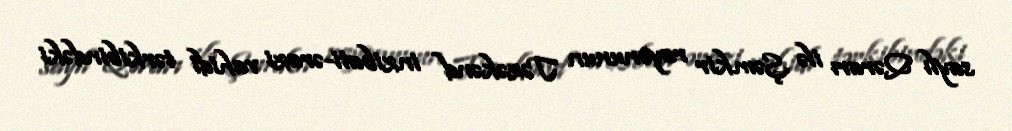
saylı Qərarı ilə Şəmkir rayonunun Təzəkənd inzibati-ərazi vahidi tərkibindəki